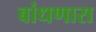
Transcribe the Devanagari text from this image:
बांधणारा